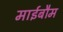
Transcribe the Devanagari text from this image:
माईबौम